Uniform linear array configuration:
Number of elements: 48
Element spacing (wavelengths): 0.75
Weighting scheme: hamming
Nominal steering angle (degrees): -45
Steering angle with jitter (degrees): -46.776
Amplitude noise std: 0.05
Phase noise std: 0.05

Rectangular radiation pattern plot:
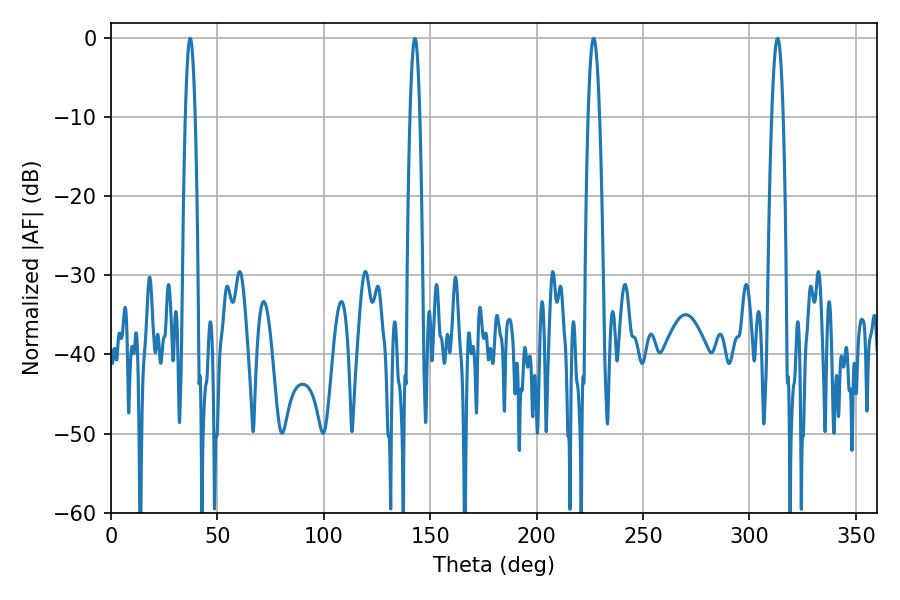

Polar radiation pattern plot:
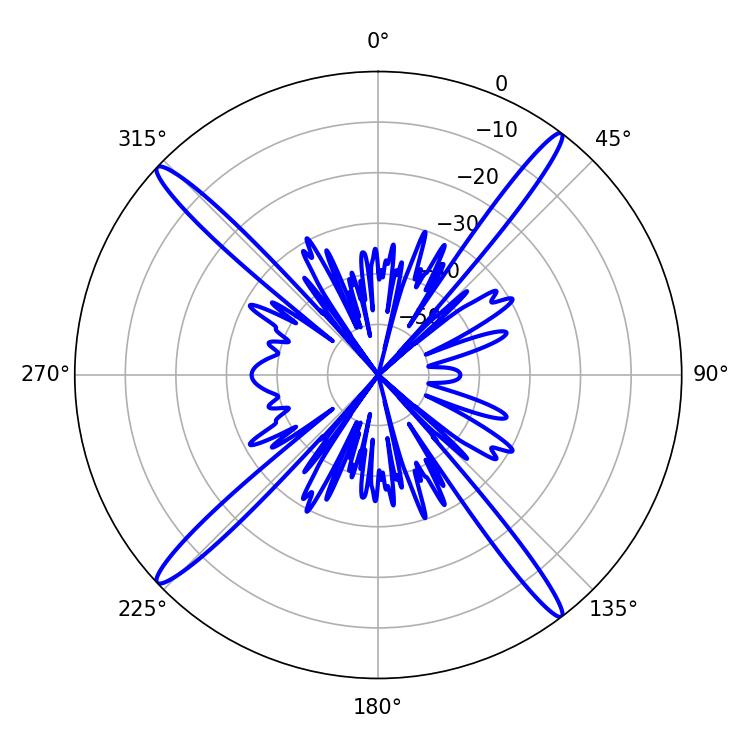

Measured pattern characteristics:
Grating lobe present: TRUE
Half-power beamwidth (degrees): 2.88
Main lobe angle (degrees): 226.8